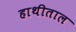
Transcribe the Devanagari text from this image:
हाथीताल